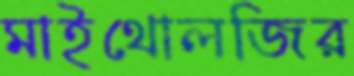
মাইথোলজির